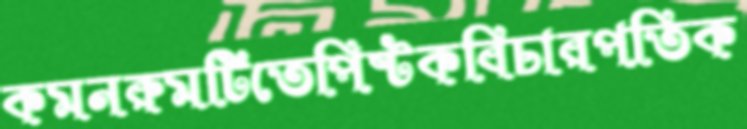
কমনরুমটিতেপিষ্টকবিচারপতিক